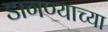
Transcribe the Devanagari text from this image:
डागण्याच्या